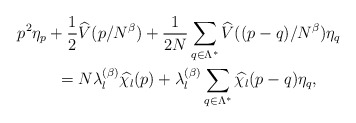
\begin{align*} p^2 \eta_p+\frac{1}{2}&\widehat V(p/N^\beta)+\frac{1}{2N}\sum_{q \in \Lambda^*} \widehat V((p-q)/N^\beta)\eta_q \\=\;& N \lambda_l^{(\beta)}\widehat{\chi_l}(p)+\lambda_{l}^{(\beta)}\sum_{q\in \Lambda^*}\widehat{\chi_l}(p-q)\eta_q,\end{align*}